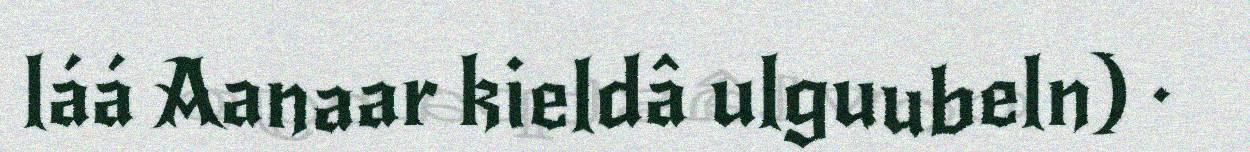
láá Aanaar kieldâ ulguubeln) ·